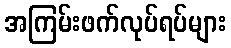
အကြမ်းဖက်လုပ်ရပ်များ